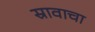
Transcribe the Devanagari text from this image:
स्रावाचा